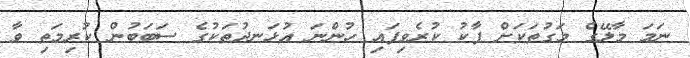
ނަމަ މާލޭގެ މަގުތަކަށް ޕާކު ކުރެވިފައި ހުންނަ އުޅަނދުތަކުގެ ސަބަބުން ކުރިމަތި ވާ